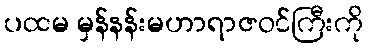
ပထမ မှန်နန်းမဟာရာဇဝင်ကြီးကို